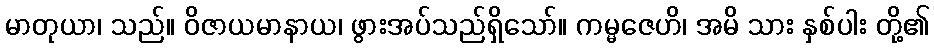
မာတုယာ၊ သည်။ ဝိဇာယမာနာယ၊ ဖွားအပ်သည်ရှိသော်။ ကမ္မဇေဟိ၊ အမိ သား နှစ်ပါး တို့၏